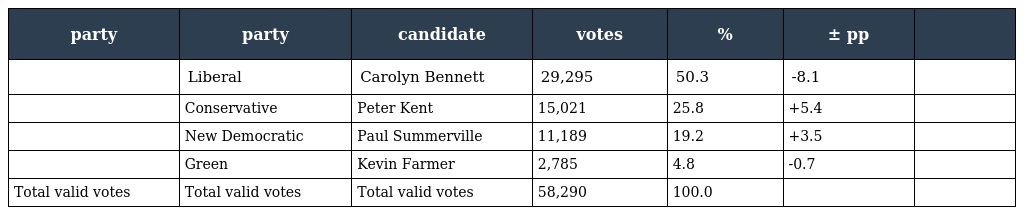
| party | party | candidate | votes | % | ± pp |  |
 | --- | --- | --- | --- | --- | --- | --- |
 |  | Liberal | Carolyn Bennett | 29,295 | 50.3 | -8.1 |  |
 |  | Conservative | Peter Kent | 15,021 | 25.8 | +5.4 |  |
 |  | New Democratic | Paul Summerville | 11,189 | 19.2 | +3.5 |  |
 |  | Green | Kevin Farmer | 2,785 | 4.8 | -0.7 |  |
 | Total valid votes | Total valid votes | Total valid votes | 58,290 | 100.0 |  |  |